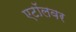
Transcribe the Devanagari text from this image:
एटॉलवर